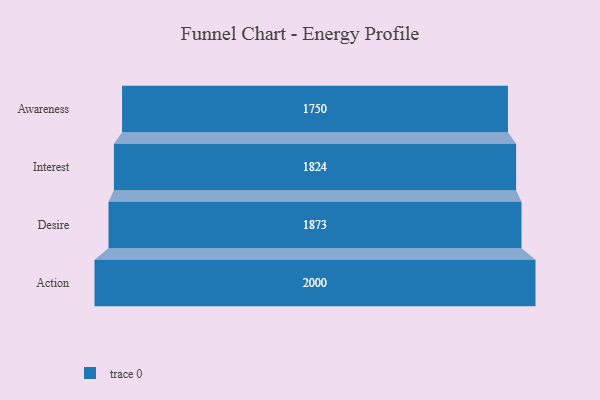
{"axis": {"x": "Stage", "y": "Value"}, "legend": [""], "data": [{"x": "Awareness", "y": 1750.0, "type": ""}, {"x": "Interest", "y": 1824.0, "type": ""}, {"x": "Desire", "y": 1873.0, "type": ""}, {"x": "Action", "y": 2000, "type": ""}]}